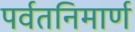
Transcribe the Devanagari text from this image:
पर्वतनिमार्ण